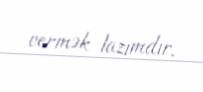
vermək lazımdır.